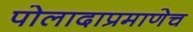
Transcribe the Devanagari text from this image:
पोलादाप्रमाणेच